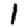
Digit: 1